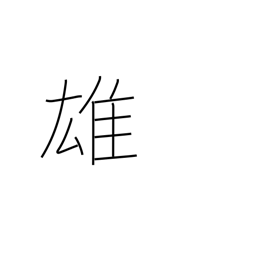
Meaning: superiority